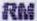
RM